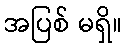
အပြစ် မရှိ။